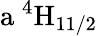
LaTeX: \mathrm{a\ ^{4}H_{11/2}}